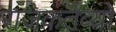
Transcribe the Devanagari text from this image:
राजकर्तव्यों